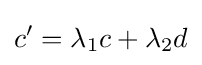
c'=\lambda _{1}c+\lambda _{2}d